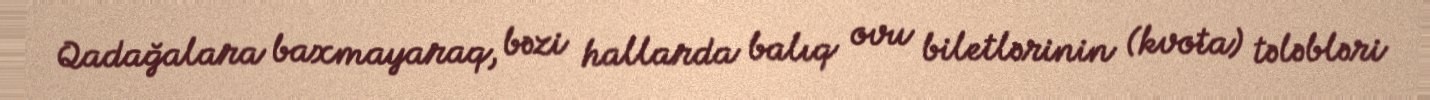
Qadağalara baxmayaraq, bəzi hallarda balıq ovu biletlərinin (kvota) tələbləri